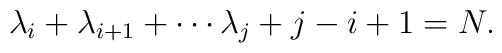
\lambda_{i}+\lambda_{i+1}+\cdots \lambda_{j}+j-i+1=N.